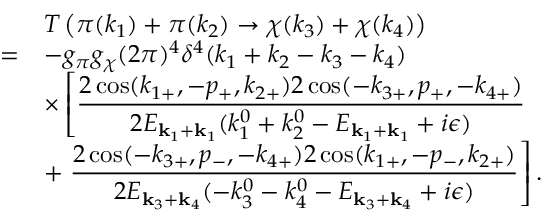
\begin{array} { r l } { { } } & { { T \left( \pi ( k _ { 1 } ) + \pi ( k _ { 2 } ) \to \chi ( k _ { 3 } ) + \chi ( k _ { 4 } ) \right) } } \\ { { = } } & { { \displaystyle - g _ { \pi } g _ { \chi } ( 2 \pi ) ^ { 4 } \delta ^ { 4 } ( k _ { 1 } + k _ { 2 } - k _ { 3 } - k _ { 4 } ) } } \\ { { } } & { { \displaystyle \times \left[ \frac { 2 \cos ( k _ { 1 + } , - p _ { + } , k _ { 2 + } ) 2 \cos ( - k _ { 3 + } , p _ { + } , - k _ { 4 + } ) } { 2 E _ { { \bf k } _ { 1 } + { \bf k } _ { 1 } } ( k _ { 1 } ^ { 0 } + k _ { 2 } ^ { 0 } - E _ { { \bf k } _ { 1 } + { \bf k } _ { 1 } } + i \epsilon ) } \right. } } \\ { { } } & { { \displaystyle + \left. \frac { 2 \cos ( - k _ { 3 + } , p _ { - } , - k _ { 4 + } ) 2 \cos ( k _ { 1 + } , - p _ { - } , k _ { 2 + } ) } { 2 E _ { { \bf k } _ { 3 } + { \bf k } _ { 4 } } ( - k _ { 3 } ^ { 0 } - k _ { 4 } ^ { 0 } - E _ { { \bf k } _ { 3 } + { \bf k } _ { 4 } } + i \epsilon ) } \right] . } } \end{array}